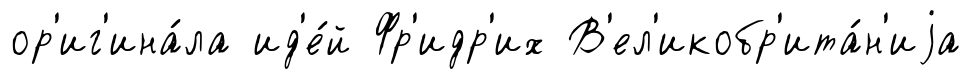
ор'иг'ина́ла ид'е́й Фр'идр'их В'ел'икобр'ита́н'иjа